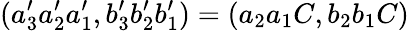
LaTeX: (a_{3}^{\prime}a_{2}^{\prime}a_{1}^{\prime},b_{3}^{\prime}b_{2}^{\prime}b_{1}^{\prime})=(a_{2}a_{1}C,b_{2}b_{1}C)